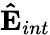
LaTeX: \mathbf{\hat{E}}_{int}